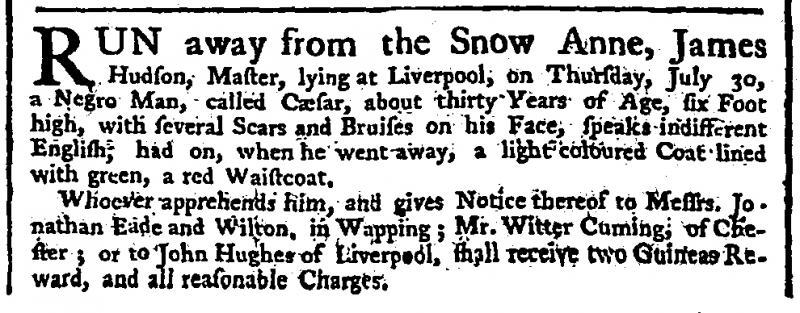
General Advertiser , 10 August 1752 (England)
RUN away from the Snow Anne, James Hudson, Master, lying at Liverpool, on Thursday, July 30, a Negro Man, called Cæsar, about thirty Years of Age, six Foot high, with several Scars and Bruises on his Face, speaks indifferent English; had on, when he went away, a light coloured Coat lined with green, a red Waistcoat.  Whoever apprehends him, and gives Notice thereof to Messrs. Jonathan Eade and Wilton, in Wapping; Mr. Witter Cuming, of Chester; or to John Hughes of Liverpool, shall receive two Guineas Reward, and all reasonable Charges.